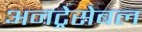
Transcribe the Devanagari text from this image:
अनट्रेसेबल